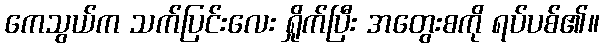
ကေသွယ်က သက်ပြင်းလေး ရှိုက်ပြီး အတွေးစကို ရပ်ပစ်၏။